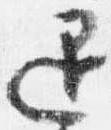
退